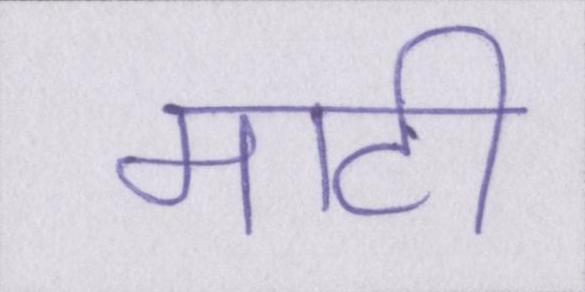
माटी